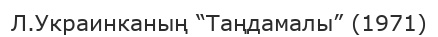
Л.Украинканың “Таңдамалы” (1971)